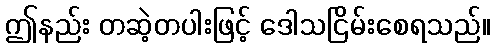
ဤနည်း တဆဲ့တပါးဖြင့် ဒေါသငြိမ်းစေရသည်။